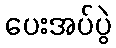
ပေးအပ်ပွဲ